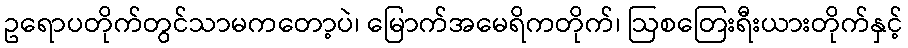
ဥရောပတိုက်တွင်သာမကတော့ပဲ၊ မြောက်အမေရိကတိုက်၊ ဩစတြေးရီးယားတိုက်နှင့်